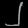
Digit: ၂